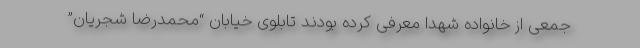
جمعی از خانواده شهدا معرفی کرده بودند تابلوی خیابان “محمدرضا شجریان”